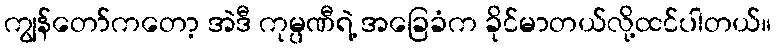
ကျွန်တော်ကတော့ အဲဒီ ကုမ္ပဏီရဲ့ အခြေခံက ခိုင်မာတယ်လို့ထင်ပါတယ်။